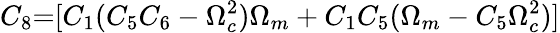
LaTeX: {C_{8}}\mathrm{{=}}[{C_{1}}({C_{5}}{C_{6}}-\Omega_{c}^{2}){\Omega_{m}}+{C_{1}}{C_{5}}({\Omega_{m}}-{C_{5}}\Omega_{c}^{2})]